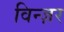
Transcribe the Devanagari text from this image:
विन्ज़र